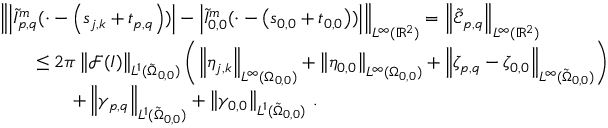
\begin{array} { r l } & { \left\| \left\vert \tilde { I } _ { p , q } ^ { m } ( \cdot - \left( \boldsymbol { s } _ { j , k } + \boldsymbol { t } _ { p , q } \right) ) \right\vert - \left\vert \tilde { I } _ { 0 , 0 } ^ { m } ( \cdot - \left( \boldsymbol { s } _ { 0 , 0 } + \boldsymbol { t } _ { 0 , 0 } \right) ) \right\vert \right\| _ { { L ^ { \infty } ( \mathbb { R } ^ { 2 } ) } } = \left\| \tilde { \mathcal { E } } _ { p , q } \right\| _ { { L ^ { \infty } ( \mathbb { R } ^ { 2 } ) } } } \\ & { \qquad \leq 2 \pi \left\| \mathcal { F } ( I ) \right\| _ { L ^ { 1 } ( \tilde { \Omega } _ { 0 , 0 } ) } \left( \left\| \eta _ { j , k } \right\| _ { L ^ { \infty } ( \Omega _ { 0 , 0 } ) } + \left\| \eta _ { 0 , 0 } \right\| _ { L ^ { \infty } ( \Omega _ { 0 , 0 } ) } + \left\| \zeta _ { p , q } - \zeta _ { 0 , 0 } \right\| _ { L ^ { \infty } ( \tilde { \Omega } _ { 0 , 0 } ) } \right) } \\ & { \qquad \qquad + \left\| \gamma _ { p , q } \right\| _ { L ^ { 1 } ( \tilde { \Omega } _ { 0 , 0 } ) } + \left\| \gamma _ { 0 , 0 } \right\| _ { L ^ { 1 } ( \tilde { \Omega } _ { 0 , 0 } ) } \, . } \end{array}